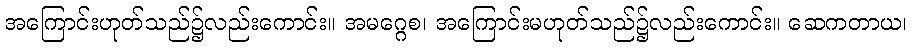
အကြောင်းဟုတ်သည်၌လည်းကောင်း။ အမဂ္ဂေစ၊ အကြောင်းမဟုတ်သည်၌လည်းကောင်း။ ဆေကတာယ၊